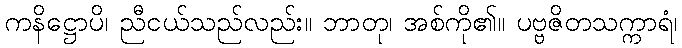
ကနိဋ္ဌောပိ၊ ညီငယ်သည်လည်း။ ဘာတု၊ အစ်ကို၏။ ပဗ္ဗဇိတသက္ကာရံ၊